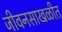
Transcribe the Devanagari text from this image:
जीवनसाखळीत